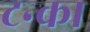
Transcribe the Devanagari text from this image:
टन्का